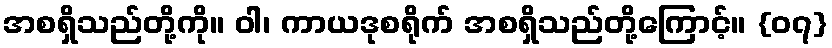
အစရှိသည်တို့ကို။ ဝါ၊ ကာယဒုစရိုက် အစရှိသည်တို့ကြောင့်။ {၀၇}